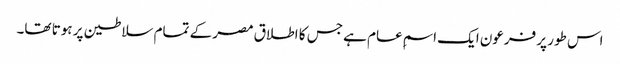
اس طور پر فرعون ایک اسمِ عام ہے جس کا اطلاق مصر کے تمام سلاطین پر ہوتا تھا۔